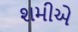
શમીએ